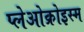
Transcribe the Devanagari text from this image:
प्लेओक्रोइस्म